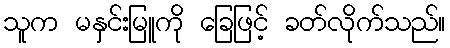
သူက မနှင်းမြူကို ခြေဖြင့် ခတ်လိုက်သည်။